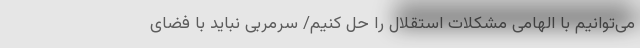
می‌توانیم با الهامی مشکلات استقلال را حل کنیم/ سرمربی نباید با فضای